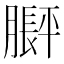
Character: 𬛙